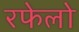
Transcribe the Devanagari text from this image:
रफेलो